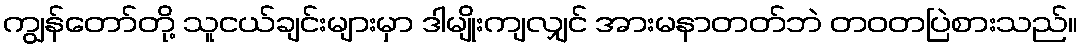
ကျွန်တော်တို့ သူငယ်ချင်းများမှာ ဒါမျိုးကျလျှင် အားမနာတတ်ဘဲ တဝတပြဲစားသည်။